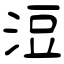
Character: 浢